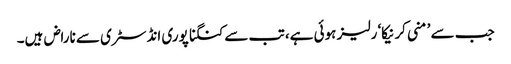
جب سے ’منی کرنیکا‘ رلیز ہوئی ہے، تب سے کنگنا پوری انڈسٹری سے ناراض ہیں۔